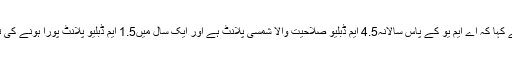
انہوں نے کہا کہ اے ایم یو کے پاس سالانہ4.5 ایم ڈبلیو صلاحیت والا شمسی پلانٹ ہے اور ایک سال میں1.5 ایم ڈبلیو پلانٹ پورا ہونے کی توقع ہے۔